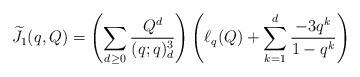
LaTeX: \begin{align*} \widetilde{J_1}(q,Q) = \left( \sum_{d \geq 0} \frac{Q^d}{(q;q)_d^3} \right) \left( \ell_q(Q) + \sum_{k=1}^d \frac{-3q^k}{1-q^k} \right) \end{align*}